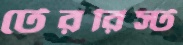
টেররিস্ট